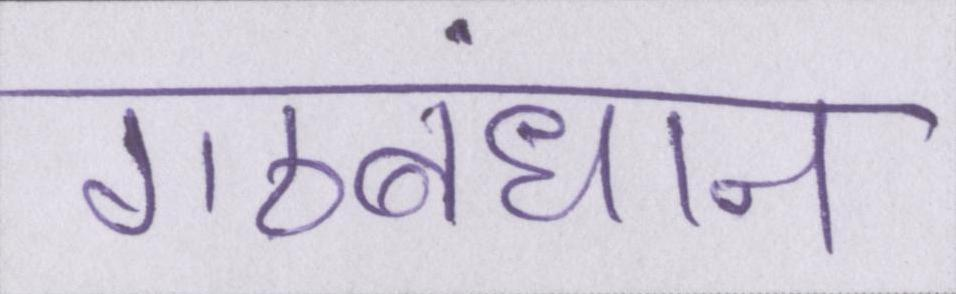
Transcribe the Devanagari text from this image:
गठबंधान